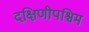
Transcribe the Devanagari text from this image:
दक्षिणीपश्चिम